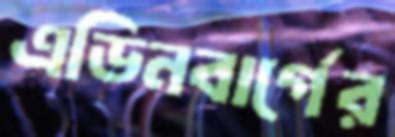
এডিনবার্গের